Civil Veterinary Department Bengal reports 1923-33 - 1923-1933
Year: 1923
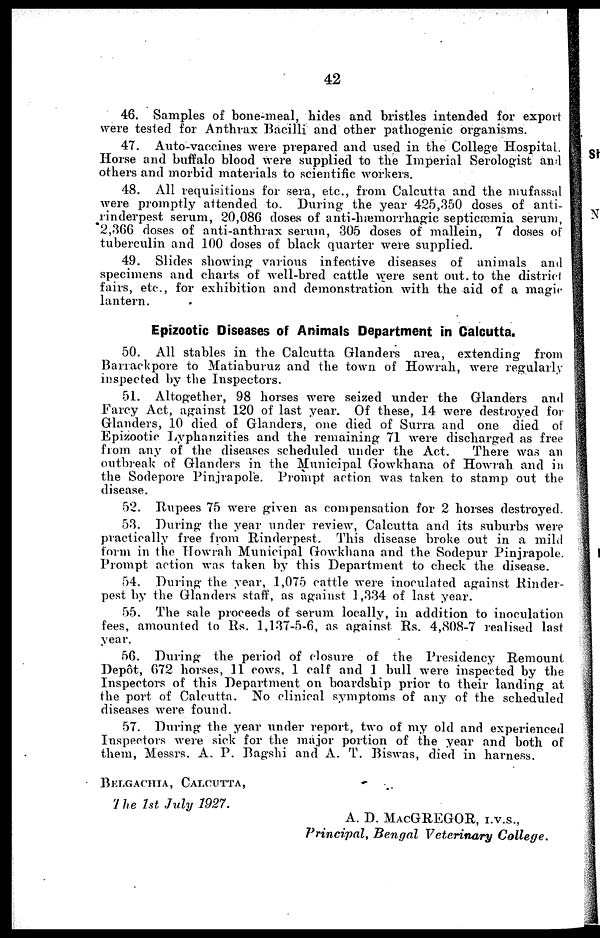
42
46. Samples of bone-meal, hides and bristles intended for export
were tested for Anthrax Bacilli and other pathogenic organisms.
47. Auto-vaccines were prepared and used in the College Hospital.
Horse and buffalo blood were supplied to the Imperial Serologist and
others and morbid materials to scientific workers.
48. All requisitions for sera, etc., from Calcutta and the mufassal
were promptly attended to. During the year 425,350 doses of anti-
rinderpest serum, 20,086 doses of anti-hæmorrhagic septicæmia serum,
2,366 doses of anti-anthrax serum, 305 doses of mallein, 7 doses of
tuberculin and 100 doses of black quarter were supplied.
49. Slides showing various infective diseases of animals and
specimens and charts of well-bred cattle were sent out. to the district
fairs, etc., for exhibition and demonstration with the aid of a magic
lantern.
Epizootic Diseases of Animals Department in Calcutta.
50. All stables in the Calcutta Glanders area, extending from
Barrackpore to Matiaburuz and the town of Howrah, were regularly
inspected by the Inspectors.
51. Altogether, 98 horses were seized under the Glanders and
Farcy Act, against 120 of last year. Of these, 14 were destroyed for
Glanders, 10 died of Glanders, one died of Surra and one died of
Epizootic Lyphanzities and the remaining 71 were discharged as free
from any of the diseases scheduled under the Act.
There was an
outbreak of Glanders in the Municipal Gowkhana of Howrah and in
the Sodepore Pinjrapole. Prompt action was taken to stamp out the
disease.
52. Rupees 75 were given as compensation for 2 horses destroyed.
53. During the year under review, Calcutta and its suburbs were
practically free from Rinderpest. This disease broke out in a mild
form in the Howrah Municipal Gowkhana and the Sodepur Pinjrapole.
Prompt action was taken by this Department to check the disease.
54. During the year, 1,075 cattle were inoculated against Rinder-
pest by the Glanders staff, as against 1,334 of last year.
55. The sale proceeds of serum locally, in addition to inoculation
fees, amounted to Rs. 1,137-5-6, as against Rs. 4,808-7 realised last
year.
56. During the period of closure of the Presidency Remount
Depot, 672 horses, 11 cows, 1 calf and 1 bull were inspected by the
Inspectors of this Department on boardship prior to their landing at
the port of Calcutta. No clinical symptoms of any of the scheduled
diseases were found.
57. During the year under report, two of my old and experienced
Inspectors were sick for the major portion of the year and both of
them, Messrs. A. P. Bagshi and A. T. Biswas, died in harness.
BELGACHJA, CALCUTTA,
The 1st July 1927.
A. D. MACGREGOR, I.V.S.,
Principal, Bengal Veterinary
College.